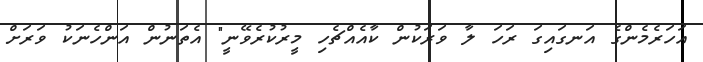
އަހަރެމެންގެ އަނގައިގަ ރަހަ ލާ ވަރަކުން ކާއެއްޗެހި މީރުކުރެވޭނީ" އެތަނުން އަންހެނަކު ވަރަށް